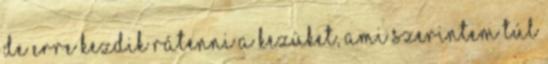
de erre kezdik rátenni a kezüket, ami szerintem túl